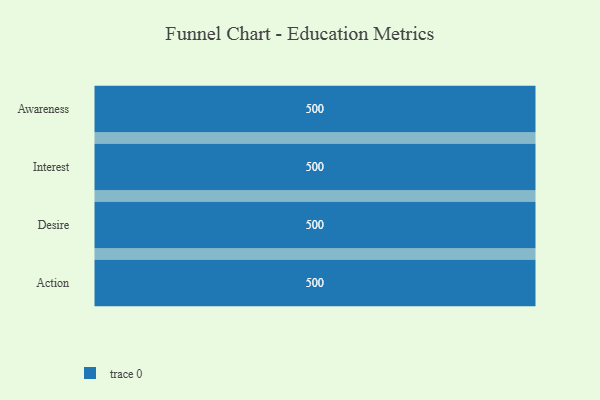
{"axis": {"x": "Stage", "y": "Value"}, "legend": [""], "data": [{"x": "Awareness", "y": 500, "type": ""}, {"x": "Interest", "y": 500, "type": ""}, {"x": "Desire", "y": 500, "type": ""}, {"x": "Action", "y": 500, "type": ""}]}